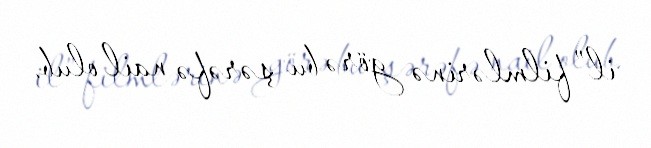
il” filmlərinə görə bu şərəfə nail olub.